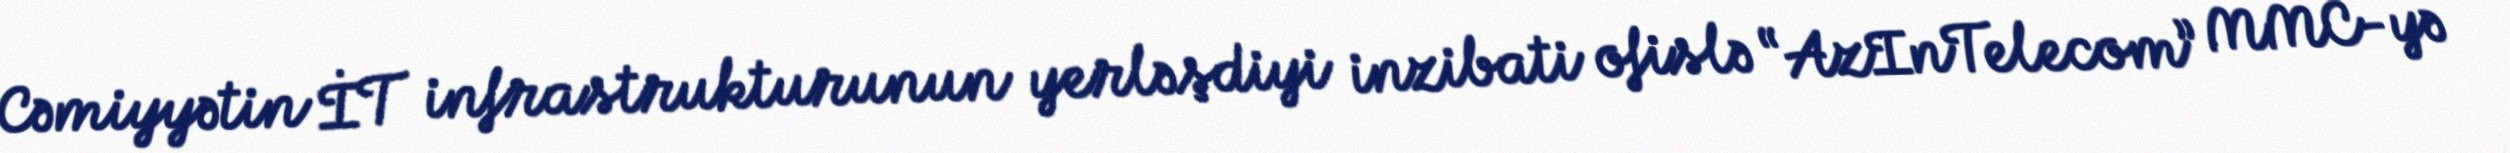
Cəmiyyətin İT infrastrukturunun yerləşdiyi inzibati ofislə “AzInTelecom” MMC-yə